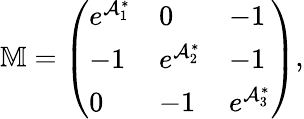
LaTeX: \mathbb{M}=\left(\begin{array}{lll}{e^{\mathcal{A}_{1}^{\ast}}}&{0}&{-1}\\ {-1}&{e^{\mathcal{A}_{2}^{\ast}}}&{-1}\\ {0}&{-1}&{e^{\mathcal{A}_{3}^{\ast}}}\end{array}\right),